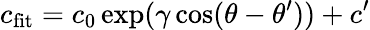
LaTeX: c_{\mathrm{fit}}=c_{0}\exp(\gamma\cos(\theta-\theta^{\prime}))+c^{\prime}